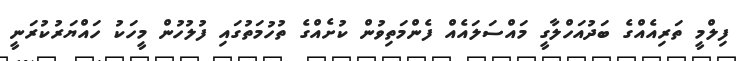
ފިލްމީ ތަރިއެއްގެ ބަދުއަހްލާގީ މައްސަލައެއް ފެންމަތިވުން ކުށެއްގެ ތުހުމަތުގައި ފުލުހުން މީހަކު ހައްޔަރުކުރަނީ